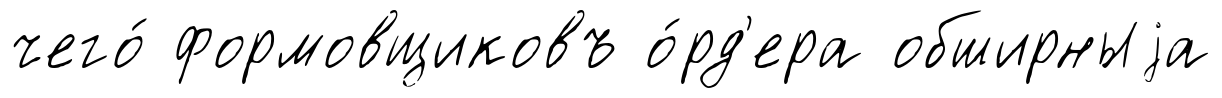
чего́ формовщиковъ о́рд'ера обширныjа